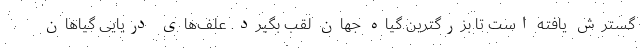
گسترش یافته است تا بزرگترین گیاه جهان لقب بگیرد. علف‌های دریایی گیاهان